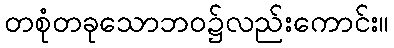
တစုံတခုသောဘဝ၌လည်းကောင်း။